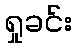
ရှုခင်း